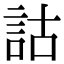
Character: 詁